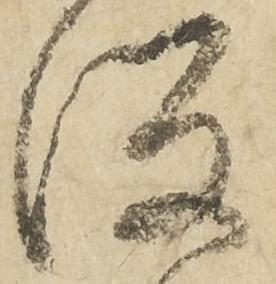
坂